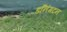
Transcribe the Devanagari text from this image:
डनिंगटन